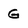
Character: G